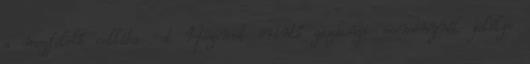
a megfelelő cellába -et Hozamot érintő gazdasági eseménynél jelölje